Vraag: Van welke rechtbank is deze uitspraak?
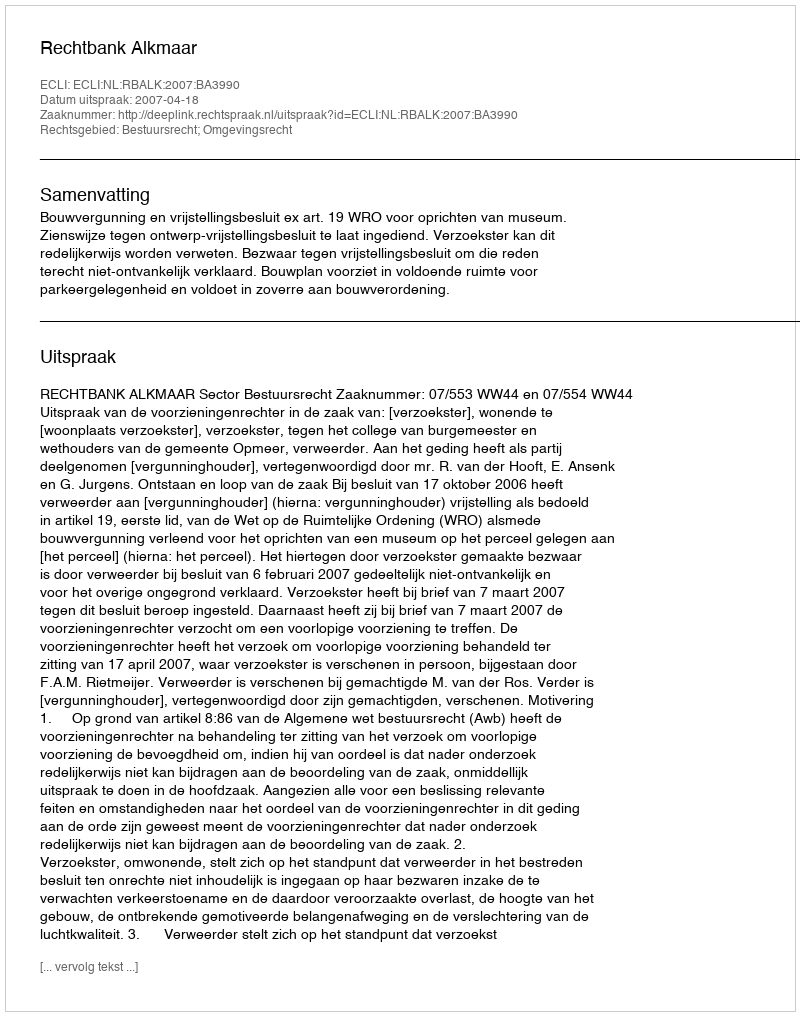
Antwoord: Rechtbank Alkmaar